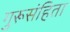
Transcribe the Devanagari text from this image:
गुरूसंहिता